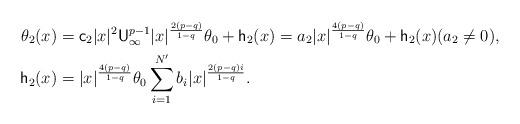
LaTeX: \begin{align*} \theta_2(x) &= {\sf c}_2 |x|^2 {\sf U}_\infty^{p-1} |x|^\frac{2(p-q)}{1-q} \theta_0 + {\sf h}_2(x) = {a}_2 |x|^\frac{4(p-q)}{1-q} \theta_0 + {\sf h}_2(x) ({a}_2\not=0), \\ {\sf h}_2(x) &= |x|^\frac{4(p-q)}{1-q} \theta_0 \sum_{i=1}^{N'} b_i |x|^\frac{2(p-q)i}{1-q}. \end{align*}